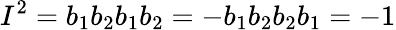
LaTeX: I^{2}=b_{1}b_{2}b_{1}b_{2}=-b_{1}b_{2}b_{2}b_{1}=-1